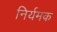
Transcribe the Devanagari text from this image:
निर्यमक